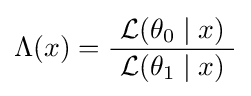
\Lambda (x)={\frac {~{\mathcal {L}}(\theta _{0}\mid x)~}{~{\mathcal {L}}(\theta _{1}\mid x)~}}